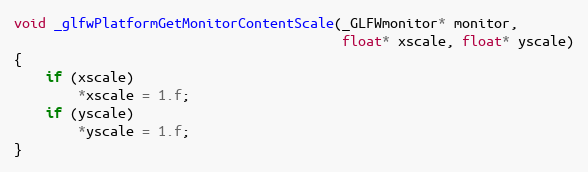
Language: C
void _glfwPlatformGetMonitorContentScale(_GLFWmonitor* monitor,
                                         float* xscale, float* yscale)
{
    if (xscale)
        *xscale = 1.f;
    if (yscale)
        *yscale = 1.f;
}